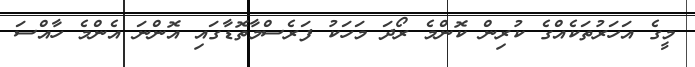
މީގެ އަހަރުތަކެއްގެ ކުރިން ކޮންމެ ރޯދަ މަހަކު ފަރެސްމާތޮޑާގައި އޮންނަ އެންމެ ހާއްސަ